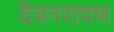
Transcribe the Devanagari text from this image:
देवनरायण